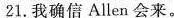
21.我确信 Allen 会来。